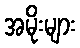
အမိုးများ